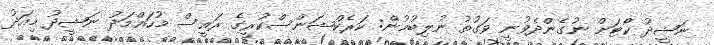
ނަޝީދު ކޯޓަށް ނުގެންދެވުނީ ވަގުތު ނުލިބުމުން: ކަރެކްޝަންސްކުރީގެ ރައީސް މުހައްމަދު ނަޝީދު މިއަދު